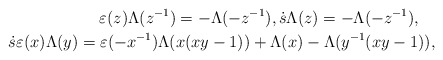
\begin{align*} \varepsilon(z)\Lambda(z^{-1})=-\Lambda(-z^{-1}) , \dot{s}\Lambda(z)=-\Lambda(-z^{-1}), \quad\\ \dot{s}\varepsilon(x)\Lambda(y)=\varepsilon(-x^{-1})\Lambda(x(xy-1))+\Lambda(x)-\Lambda(y^{-1}(xy-1)),\end{align*}